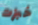
خبزت